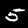
Label: 5